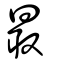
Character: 最